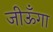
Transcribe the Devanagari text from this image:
जीऊँगा